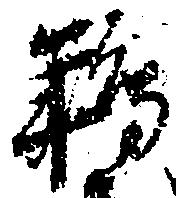
鴾